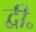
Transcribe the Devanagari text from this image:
द्वी॰